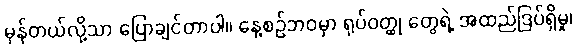
မှန်တယ်လို့သာ ပြောချင်တာပါ။ နေ့စဉ်ဘဝမှာ ရုပ်ဝတ္ထု တွေရဲ့ အထည်ဒြပ်ရှိမှု၊